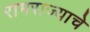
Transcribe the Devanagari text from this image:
रामराज्याचे